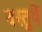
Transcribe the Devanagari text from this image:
वस्‍तुयें